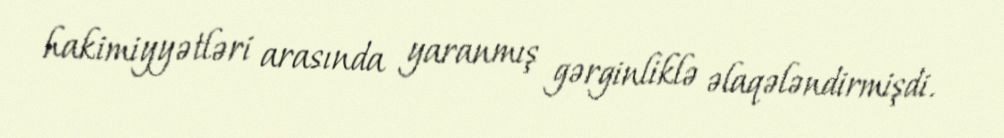
hakimiyyətləri arasında yaranmış gərginliklə əlaqələndirmişdi.